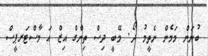
ބުނަން މަމެން ނެތީމު ދޯ. މޭބީ ދިސް ތިންގް އިޒް އަ މާސްޓަރޕީސް